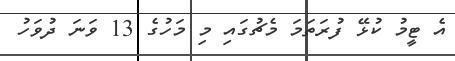
އެ ޓީމު ކުޅޭ ފުރަތަމަ މެޗުގައި މި މަހުގެ 13 ވަނަ ދުވަހު